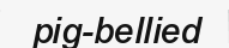
pig-bellied